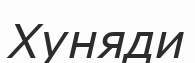
Хуняди